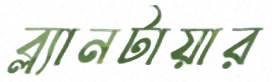
ব্ল্যানটায়ার